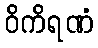
ဝိကိရဏံ